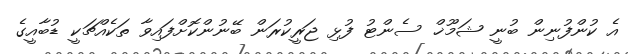
އެ ކުންފުނިން ބުނީ ޝަމޫޚް ސެންޓު ފުޅި ޖަރީކުރަން ބޭނުންކޮށްފައިވާ ތަކެއްޗަކީ ޑުބާއީގެ